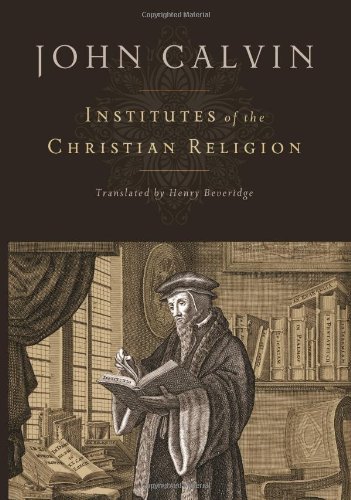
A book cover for Institutes of the Christian Religion; John Calvin; History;